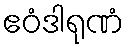
ဧဝံဒါရုဏံ